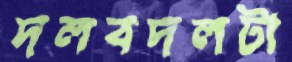
দলবদলটা